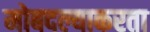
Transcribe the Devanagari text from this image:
मोबदल्याकरता